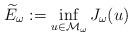
LaTeX: \begin{align*}\widetilde{E}_{\omega}:=\inf_{u\in\mathcal{M}_{\omega}}J_{\omega}(u)\end{align*}